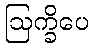
ဩက္ခိပေ